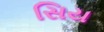
સિય